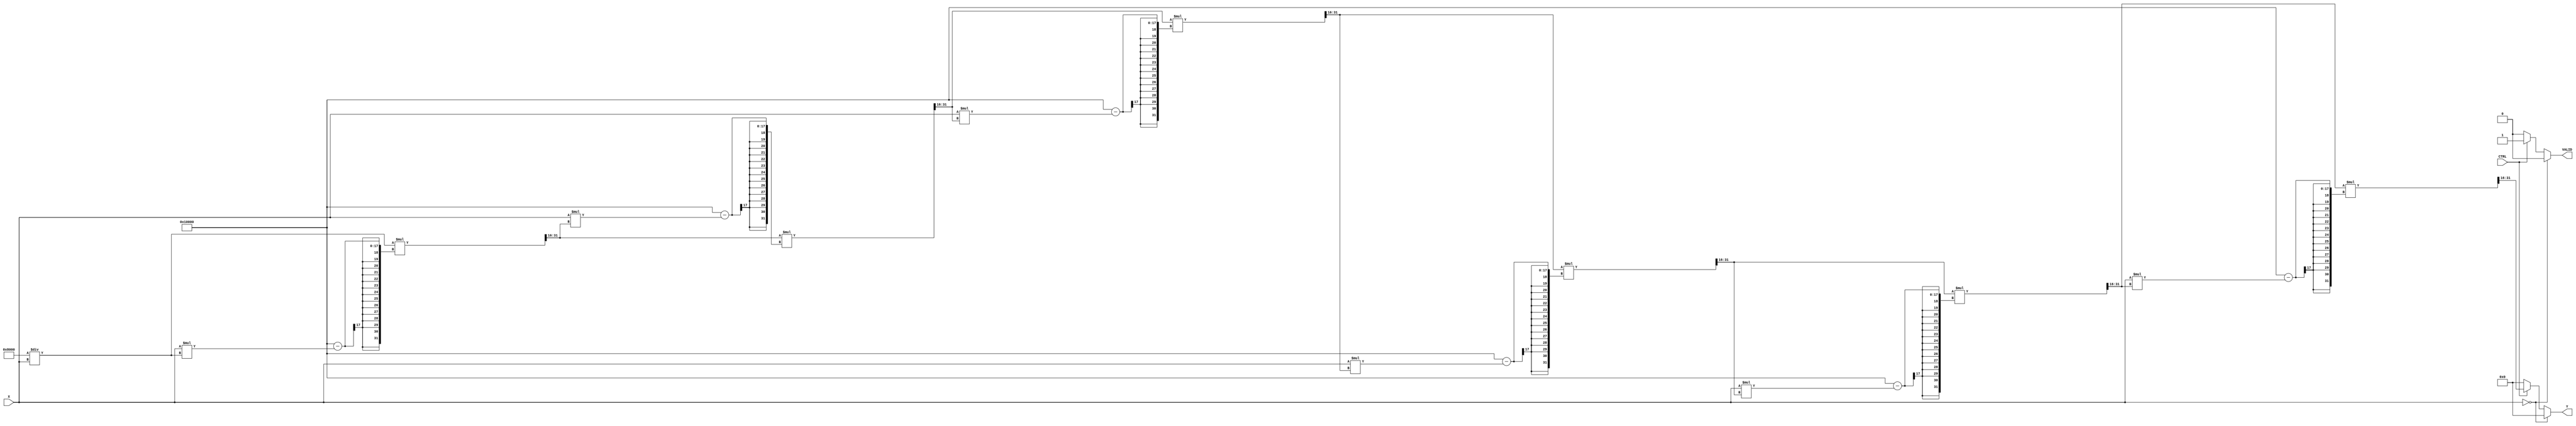
module BitwiseReciprocal #(
    parameter WIDTH = 16,      // Width of the input data
    parameter ITERATIONS = 6   // Number of iterations for convergence
) (
    input  wire [WIDTH-1:0] X,  // Input data
    input  wire CTRL,             // Control signal
    output reg  [WIDTH-1:0] Y,    // Output data
    output reg  VALID              // Valid signal
);

    // Internal variables
    reg [WIDTH-1:0] approx;
    reg [WIDTH:0] divisor;
    integer i;

    always @(*) begin
        // Default output
        Y = 0;
        VALID = 0;

        // Check for division by zero
        if (X == 0) begin
            VALID = 0; // Handle division by zero (output 0)
        end else if (CTRL) begin
            // Initial approximation (using a simple fixed-point formula)
            approx = {1'b1, {WIDTH-1{1'b0}}} / X; // 1 << WIDTH
            VALID = 1; // Output is valid

            // Bitwise reciprocal algorithm iterations
            for (i = 0; i < ITERATIONS; i = i + 1) begin
                // Calculate the next approximation using the formula:
                // approx = approx * (2 - X * approx)
                divisor = X * approx;
                approx = approx * (2**WIDTH - divisor) >> WIDTH;
            end

            // Assign final computed approximation to output Y
            Y = approx;
        end
    end

endmodule